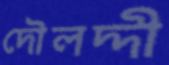
দৌলদ্দী